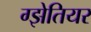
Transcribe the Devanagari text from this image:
ग्झेतियर